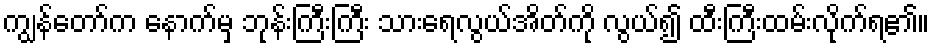
ကျွန်တော်က နောက်မှ ဘုန်းကြီးကြီး သားရေလွယ်အိတ်ကို လွယ်၍ ထီးကြီးထမ်းလိုက်ရ၏။